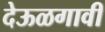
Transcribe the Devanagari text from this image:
देऊळगावी